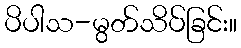
ပိပါသ-မွတ်သိပ်ခြင်း။